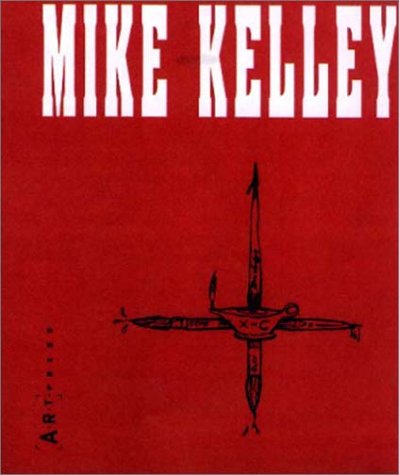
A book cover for Mike Kelley; John Miller; Arts & Photography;